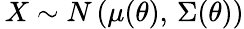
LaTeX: \, X\sim N\left(\mu(\theta),\, \Sigma(\theta)\right)